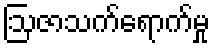
ဩဇာသက်ရောက်မှု